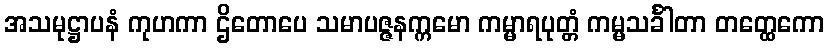
အသမုဋ္ဌာပနံ ကုဟကာ ဌိတောပေ သမာပဇ္ဇနက္ကမော ကမ္မာရပုတ္တံ ကမ္မသင်္ခါတာ တတ္ထေကော